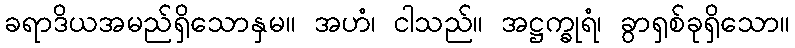
ခရာဒိယအမည်ရှိသောနှမ။ အဟံ၊ ငါသည်။ အဋ္ဌက္ခုရံ၊ ခွာရှစ်ခုရှိသော။